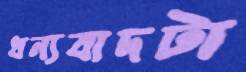
ধন্যবাদটা